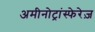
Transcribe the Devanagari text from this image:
अमीनोट्रांस्फेरेज़